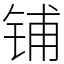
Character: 铺